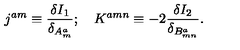
j ^ { a m } \equiv \frac { \delta I _ { 1 } } { \delta _ { A _ { m } ^ { a } } } ; \quad K ^ { a m n } \equiv - 2 \frac { \delta I _ { 2 } } { \delta _ { B _ { m n } ^ { a } } } .